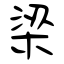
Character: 梁